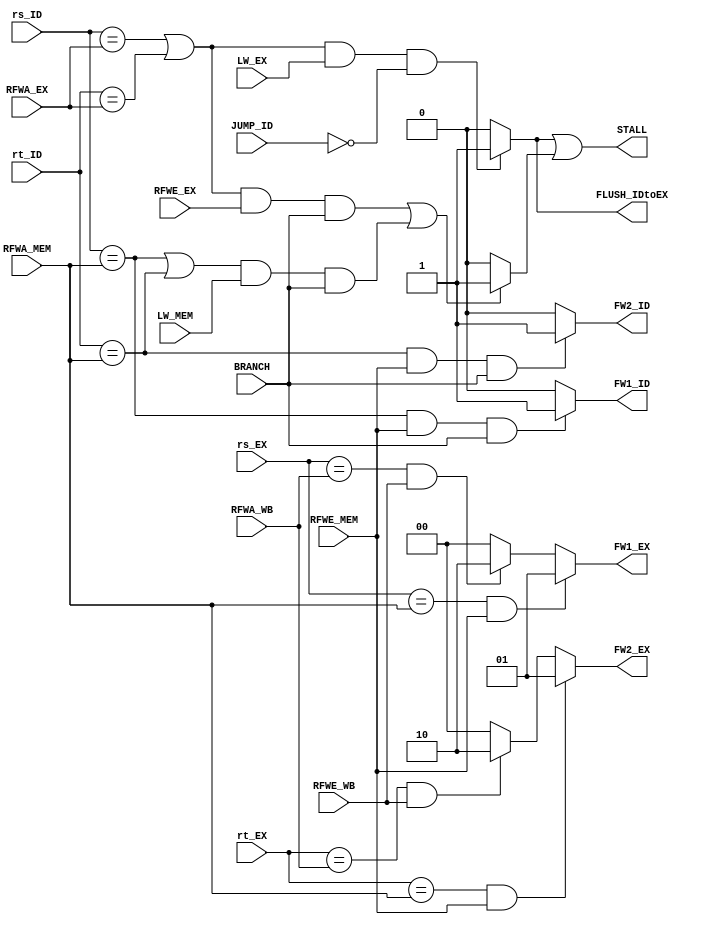
`timescale 1ns / 1ps
//////////////////////////////////////////////////////////////////////////////////
// Company: 
// Engineer: 
// 
// Design Name: 
// Module Name: HAZ
// Project Name: 
// Target Devices: 
// Tool Versions: 
// Description: 
// 
// Dependencies: 
// 
// Revision:
// Revision 0.01 - File Created
// Additional Comments:
// 
//////////////////////////////////////////////////////////////////////////////////


//HAZARD HANDLER UNIT
module HAZ #(parameter RFdep=5)
(input RFWE_EX, RFWE_MEM, RFWE_WB, BRANCH, JUMP_ID, LW_EX, LW_MEM,
    input[RFdep-1:0] rs_ID, rt_ID, rs_EX, rt_EX, RFWA_EX, RFWA_MEM, RFWA_WB,
    output STALL, output reg FLUSH_IDtoEX, FW1_ID, FW2_ID,
    output reg[1:0] FW1_EX, FW2_EX);

    reg LW_STALL, B_STALL;

    always @(*) begin
        //EX operand 1
        if ((rs_EX == RFWA_MEM) && RFWE_MEM) FW1_EX <= 1;
        else if ((rs_EX == RFWA_WB) && RFWE_WB) FW1_EX <= 2;
        else FW1_EX <= 0;
        
        //EX operand 2
        if ((rt_EX == RFWA_MEM) && RFWE_MEM) FW2_EX <= 1;
        else if ((rt_EX == RFWA_WB) && RFWE_WB) FW2_EX <= 2;
        else FW2_EX <= 0;
        
        //ID(branch) operand 1
        if ((rs_ID == RFWA_MEM) && RFWE_MEM && BRANCH) FW1_ID <= 1;
        else FW1_ID <= 0;
        
        //ID(branch) operand 2
        if ((rt_ID == RFWA_MEM) && RFWE_MEM && BRANCH) FW2_ID <= 1;
        else FW2_ID <= 0;
        
        //LW STALL (if LW is EX and dependent is in ID, stall 1 and flush the stage between)
        if (((rs_ID == RFWA_EX) || (rt_ID == RFWA_EX)) && LW_EX && !JUMP_ID) begin
            LW_STALL <= 1;
            FLUSH_IDtoEX <= 1;
        end
        else begin
            LW_STALL <= 0;
            FLUSH_IDtoEX <= 0;
        end
        
        //BRANCH STALL (if branch instr (in ID) is dependent on instr in EX, or LW in MEM, stall 1)
        if ((((rs_ID == RFWA_EX) || (rt_ID == RFWA_EX)) && RFWE_EX && BRANCH) ||
        (((rs_ID == RFWA_MEM) || (rt_ID == RFWA_MEM)) && LW_MEM && BRANCH))
            B_STALL <= 1;
        else B_STALL <= 0;
    end
    
    assign STALL = LW_STALL | B_STALL; //either stall flag will trigger a stall
endmodule